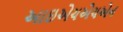
આઇએચએચએન